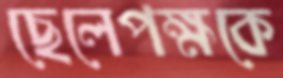
ছেলেপক্ষকে